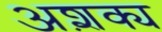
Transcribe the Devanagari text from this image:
अश़क्य